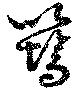
彗